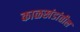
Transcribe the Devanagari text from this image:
काळखंडांतील